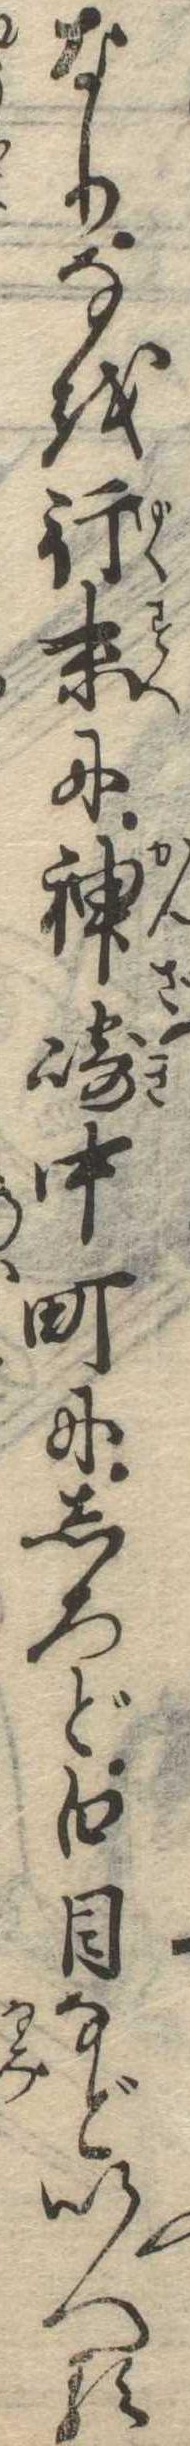
なりなを行末に神崎中町にしろど白目などいへる